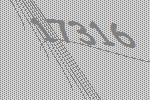
17316